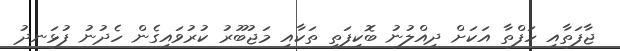
ޖާފަތާއި ހަފްތާ އަކަށް ދިއްލުނު ބޮކިފަތި ތަކާއި މަޖުބޫރު ކުރުވައިގެން ހެދުނު ފުޅަނދު